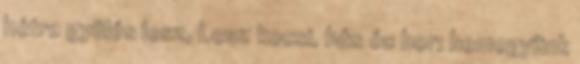
hétre gyülés lesz, Lesz kocsi, hús és bor; bemegyünk